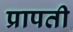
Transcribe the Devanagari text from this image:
प्रापती